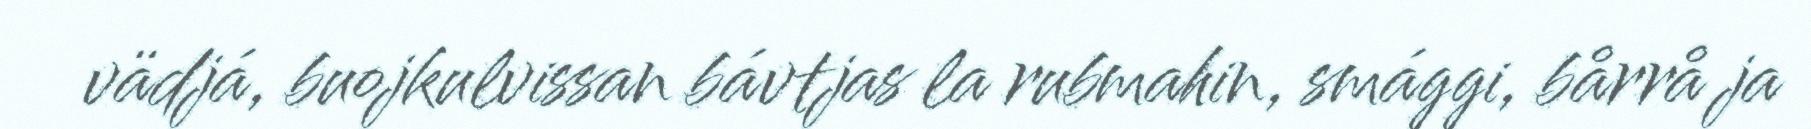
vädjá, buojkulvissan bávtjas la rubmahin, smággi, bårrå ja